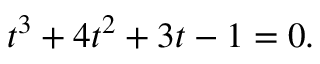
t ^ { 3 } + 4 t ^ { 2 } + 3 t - 1 = 0 .